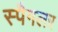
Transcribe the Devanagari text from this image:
स्पैगलर